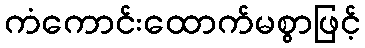
ကံကောင်းထောက်မစွာဖြင့်